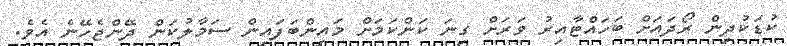
ކުޑަކުދިން ރޯދައަށް ބަހައްޓާއިރު ވަރަށް ގިނަ ކަންކަމަށް މައިންބަފައިން ސަމާލުކަން ދޭންޖެހޭނެ އެވެ.